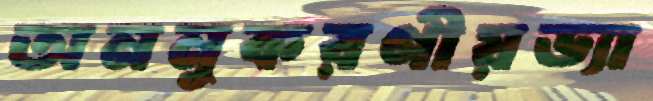
অননুকরণীয়ড্যা